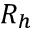
R _ { h }